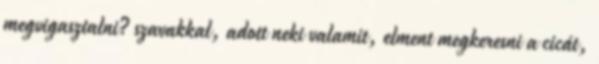
megvigasztalni? szavakkal, adott neki valamit, elment megkeresni a cicát,